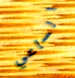
الساعي